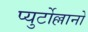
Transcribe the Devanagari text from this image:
प्युर्टोल्लानो